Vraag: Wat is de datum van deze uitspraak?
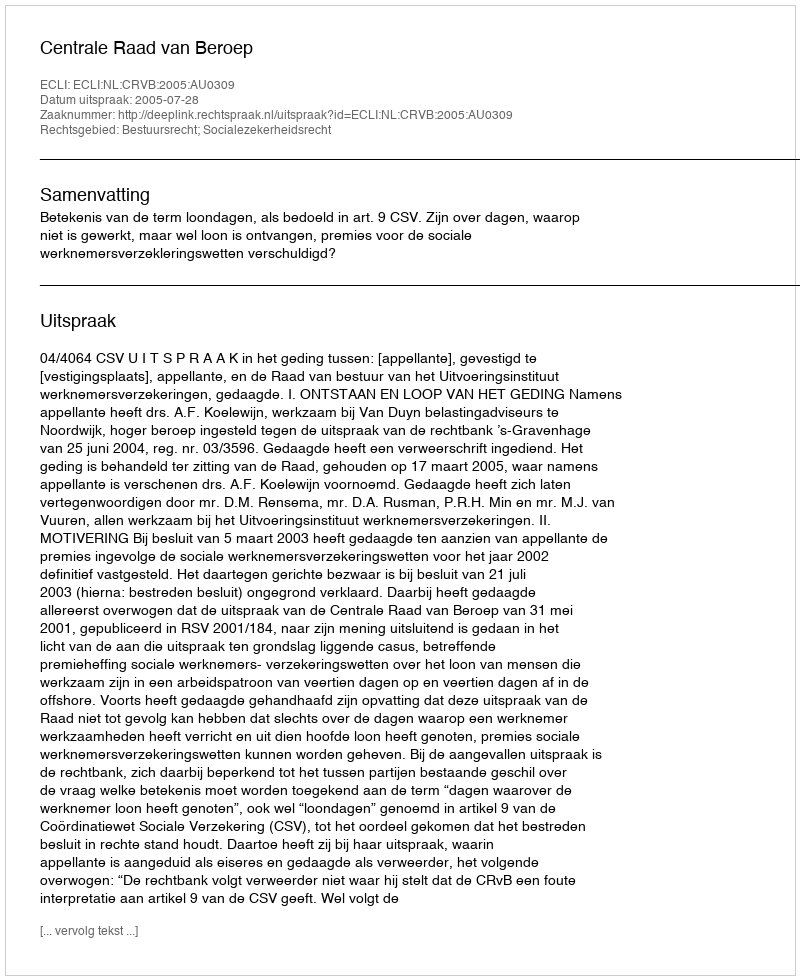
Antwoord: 2005-07-28